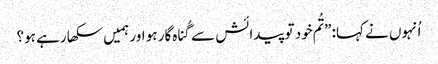
‏ اُنہوں نے کہا:‏ ”‏تُم خود تو پیدائش سے گُناہ‌گار ہو اور ہمیں سکھا رہے ہو؟